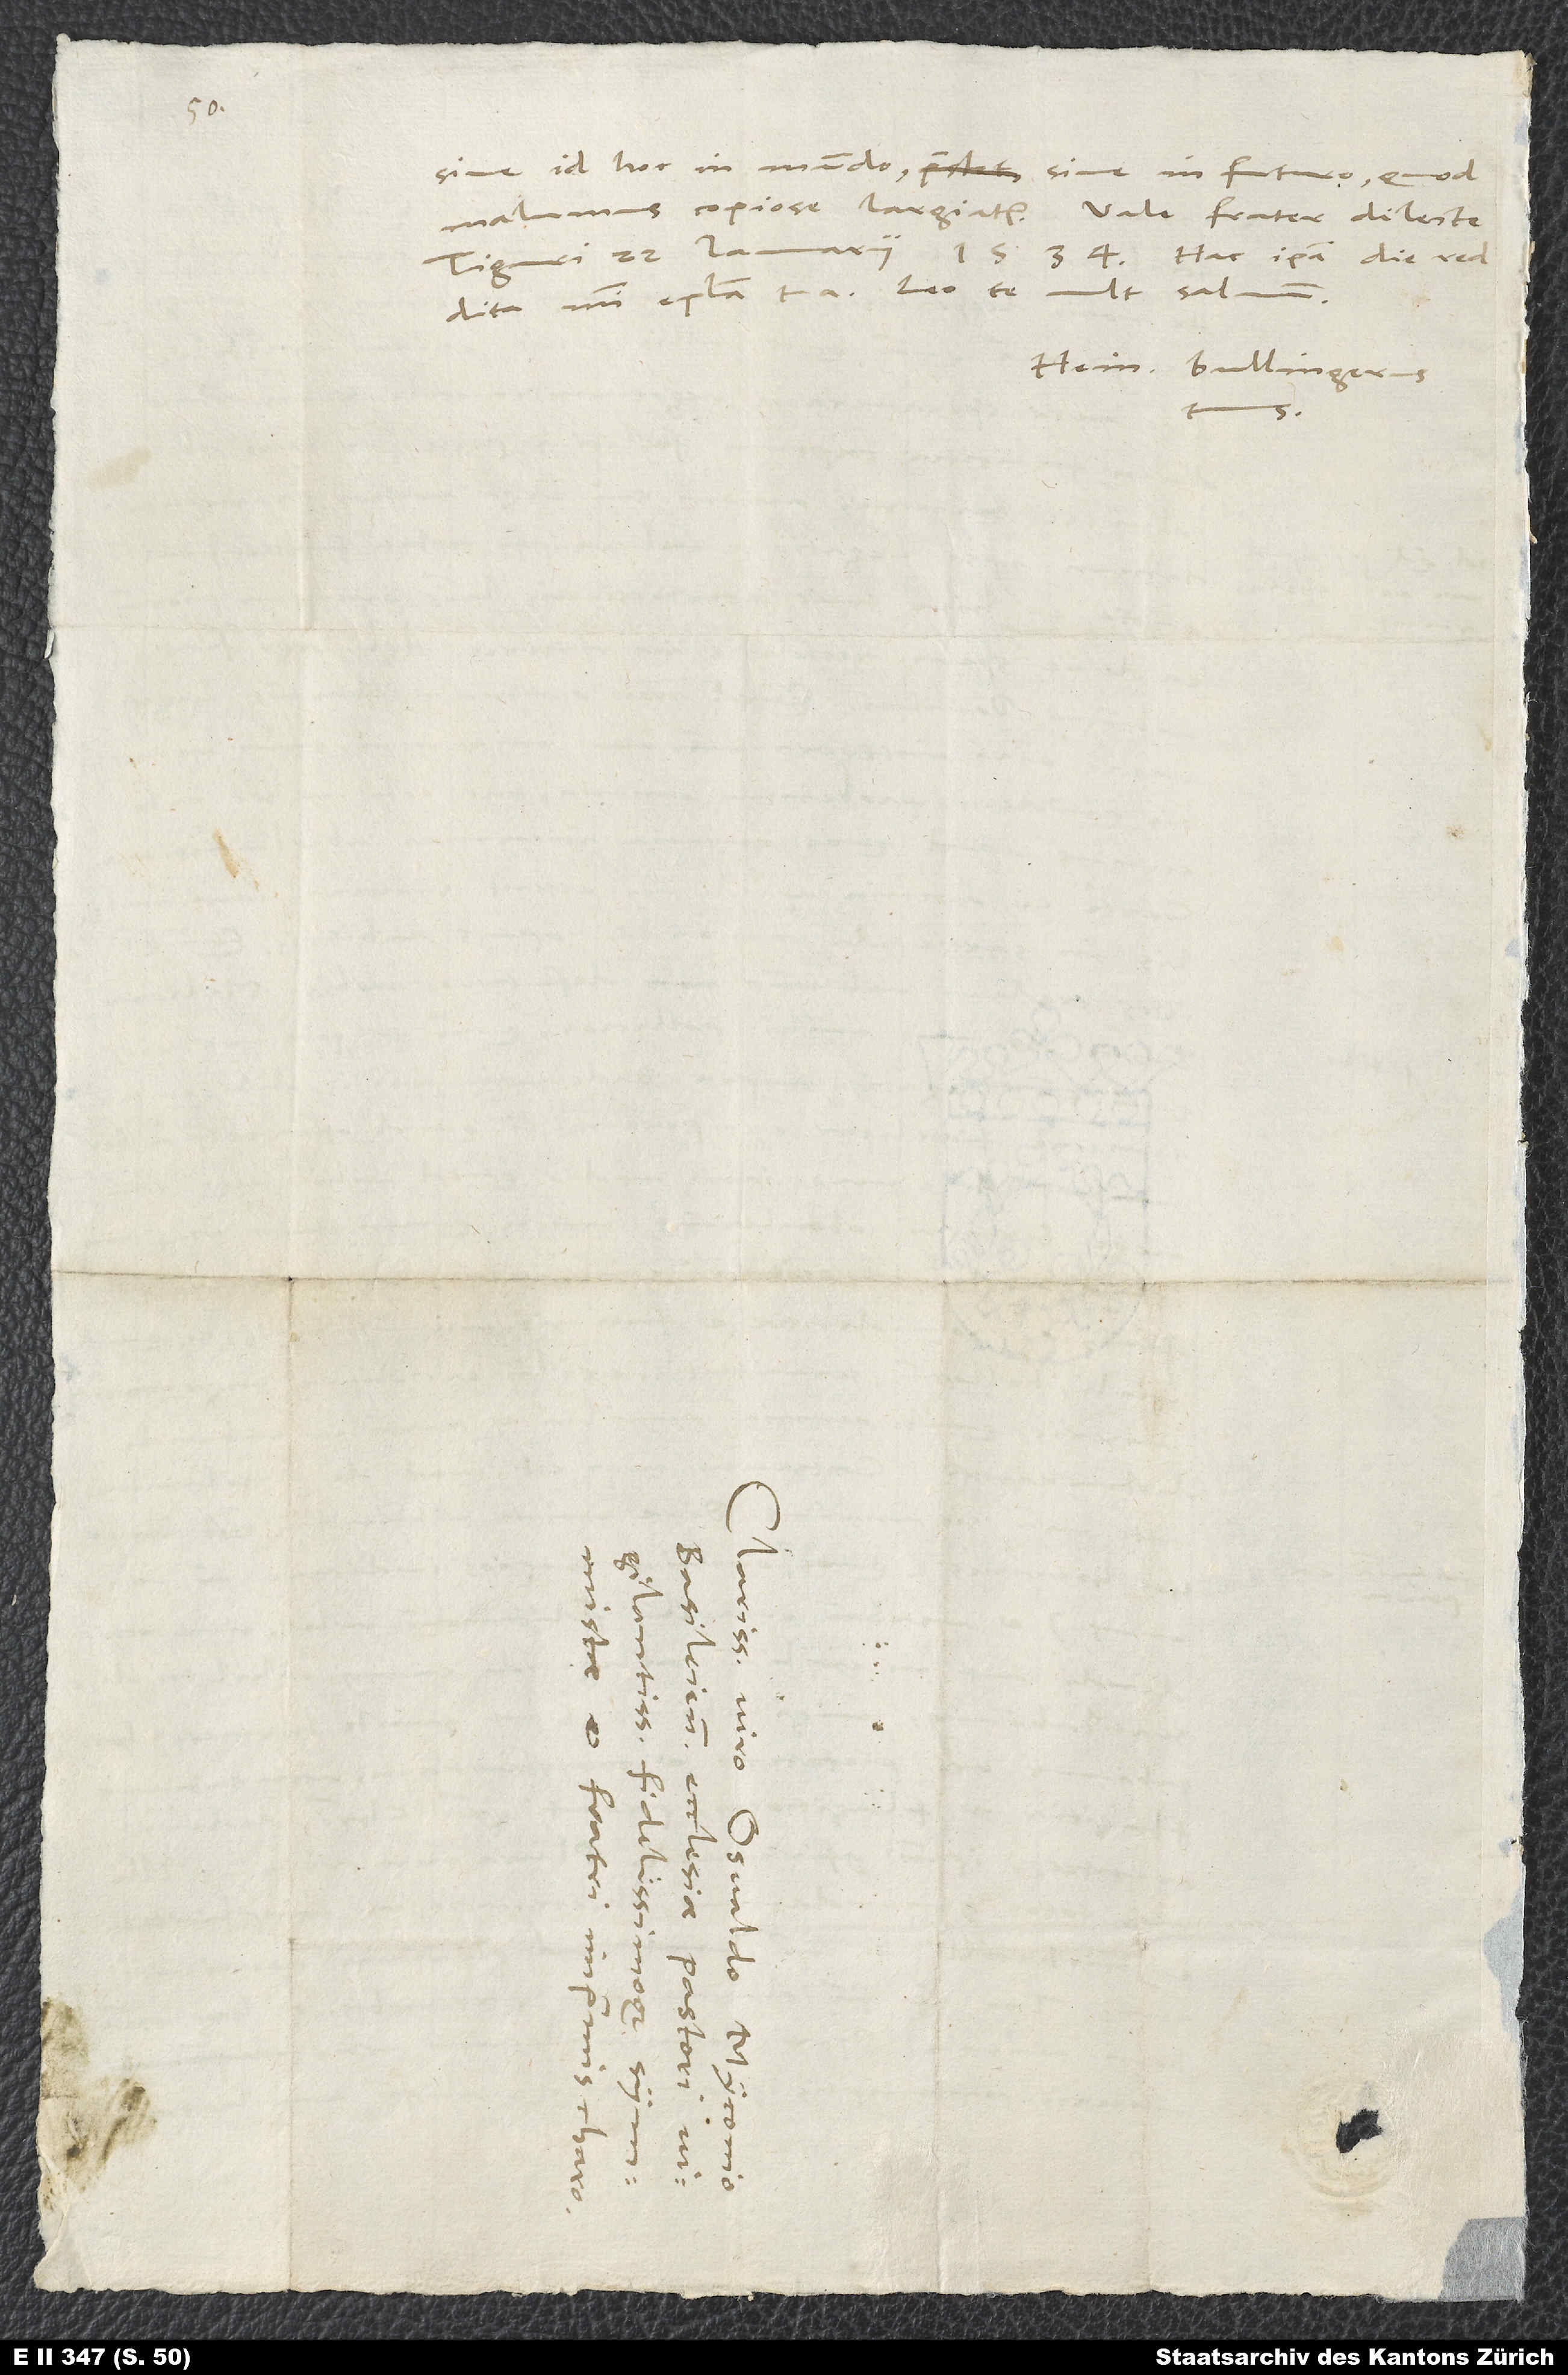
sive id hoc in mundo sive in futuro, quod
reddita mihi epistola tua. Leo te vult salvum.
Hein. Bullingerus